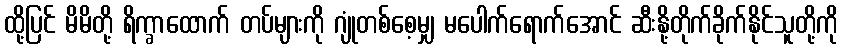
ထို့ပြင် မိမိတို့ ရိက္ခာထောက် တပ်များကို ဂျုံတစ်စေ့မျှ မပေါက်ရောက်အောင် ဆီးနို့တိုက်ခိုက်နိုင်သူတို့ကို